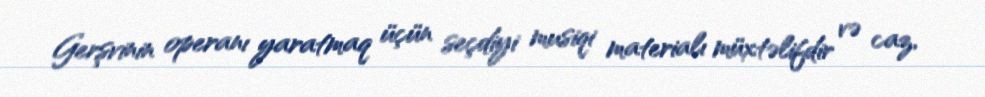
Gerşvinin operanı yaratmaq üçün seçdiyi musiqi materialı müxtəlifdir və caz,